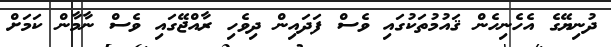
ދުނިޔޭގެ އެހެނިހެން ޤައުމުތަކުގައި ވެސް ފަދައިން ދިވެހި ރާއްޖޭގައި ވެސް ނާމާން ކަމަށް